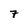
Character: 7